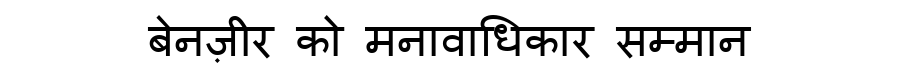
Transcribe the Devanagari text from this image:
बेनज़ीर को मनावाधिकार सम्मान